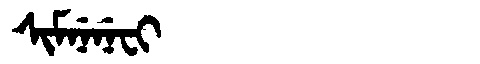
Manchu: ᠰᡳᠮᠨᡝᠨᡝᠸᡳ
Romanization: SIMNENEFI